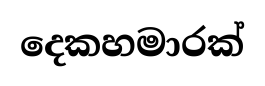
දෙකහමාරක්